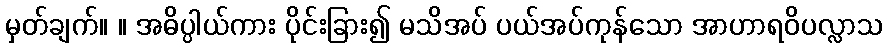
မှတ်ချက်။ ။ အဓိပ္ပါယ်ကား ပိုင်းခြား၍ မသိအပ် ပယ်အပ်ကုန်သော အာဟာရဝိပလ္လာသ